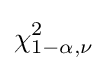
\chi _{1-\alpha ,\nu }^{2}